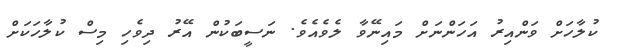
ކުލާހަށް ވަންއިރު އަހަންނަށް މައިނޭވާ ލެވެއެވެ. ނަސީބަކުން އޭރު ދިވެހި މިސް ކުލާހަކަށް